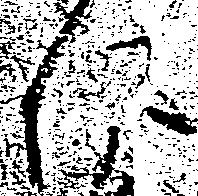
仁